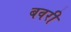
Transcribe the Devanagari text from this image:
बवरी